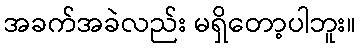
အခက်အခဲလည်း မရှိတော့ပါဘူး။